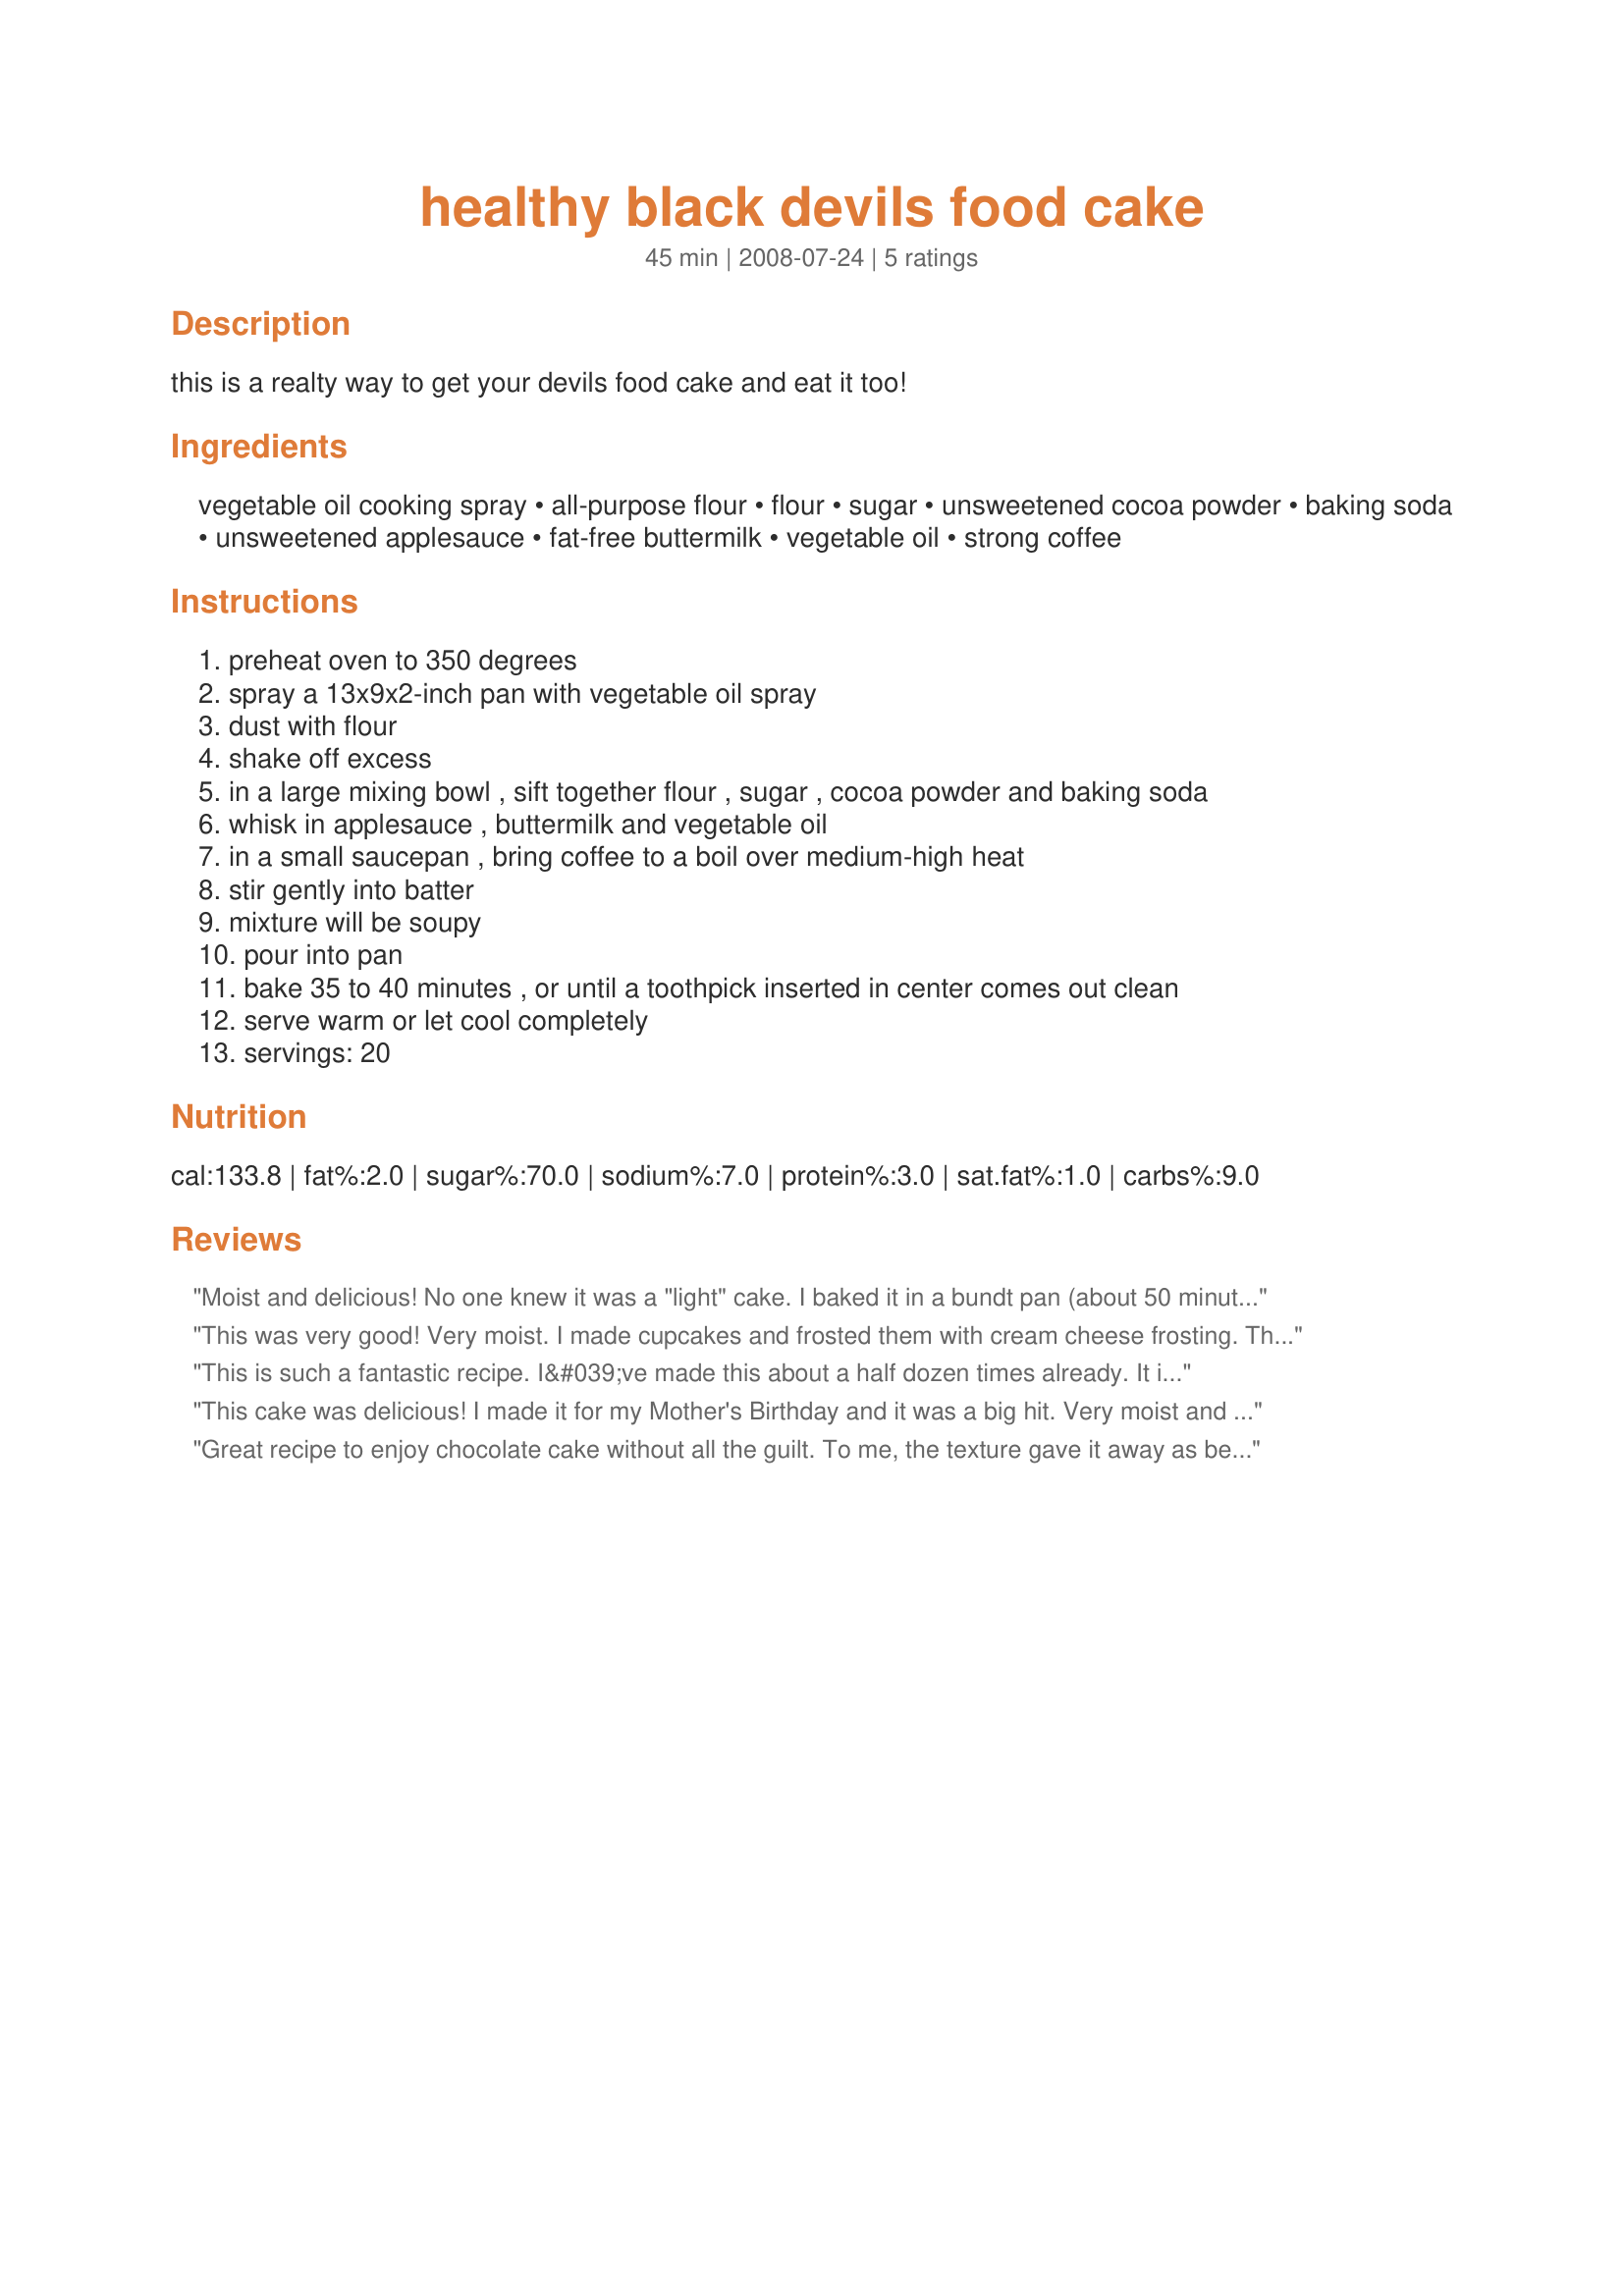
healthy black devils food cake
Preparation time: 45 minutes

this is a realty way to get your devils food cake and eat it too!

Ingredients:
vegetable oil cooking spray, all-purpose flour, flour, sugar, unsweetened cocoa powder, baking soda, unsweetened applesauce, fat-free buttermilk, vegetable oil, strong coffee

Steps:
preheat oven to 350 degrees
spray a 13x9x2-inch pan with vegetable oil spray
dust with flour
shake off excess
in a large mixing bowl , sift together flour , sugar , cocoa powder and baking soda
whisk in applesauce , buttermilk and vegetable oil
in a small saucepan , bring coffee to a boil over medium-high heat
stir gently into batter
mixture will be soupy
pour into pan
bake 35 to 40 minutes , or until a toothpick inserted in center comes out clean
serve warm or let cool completely
servings: 20

Reviews:
Moist and delicious! No one knew it was a "light" cake. I baked it in a bundt pan (about 50 minutes) and then drizzled it with a little confectioner's sugar, vanilla and milk combination. A huge hit! Thanks for sharing.
This was very good! Very moist. I made cupcakes and frosted them with cream cheese frosting. Thanks for posting!
This is such a fantastic recipe. I&#039;ve made this about a half dozen times already. It is moist, delicious, easy to make and extremely versatile. I&#039;ve made a thin sheet cake using a jelly roll pan. I used a large biscuit cutter and made rounds to make beautiful individual cakes. I used fat free whipped cream for filling and as &quot;icing&quot; and made chocolate covered coffee beans for decoration. I&#039;m making this for Father&#039;s Day and will drizzle with dark chocolate for an added touch. This cake is always a huge hit no matter what form it is presented.
This cake was delicious! I made it for my Mother's Birthday and it was a big hit. Very moist and flavorful. I added a tsp. of Vanilla to the recipe and used French Vanilla coffee. I would definitely make this cake again and recommend it to anyone looking for a delectable chocolate cake. Thanks for sharing!
Great recipe to enjoy chocolate cake without all the guilt. To me, the texture gave it away as being healthy, but it didn&#039;t stop me from enjoying it with a little scoop of vanilla ice cream. It was super simple and quick to make. Thanks for sharing the recipe!
